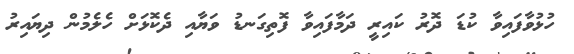
ހުޅުވާފައިވާ ކުޑަ ދޮރު ކައިރީ ދަމާފައިވާ ފޮތިގަނޑު ވަޔާއި ދެކޮޅަށް ހެލެމުން ދިޔައިރު